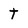
Character: t